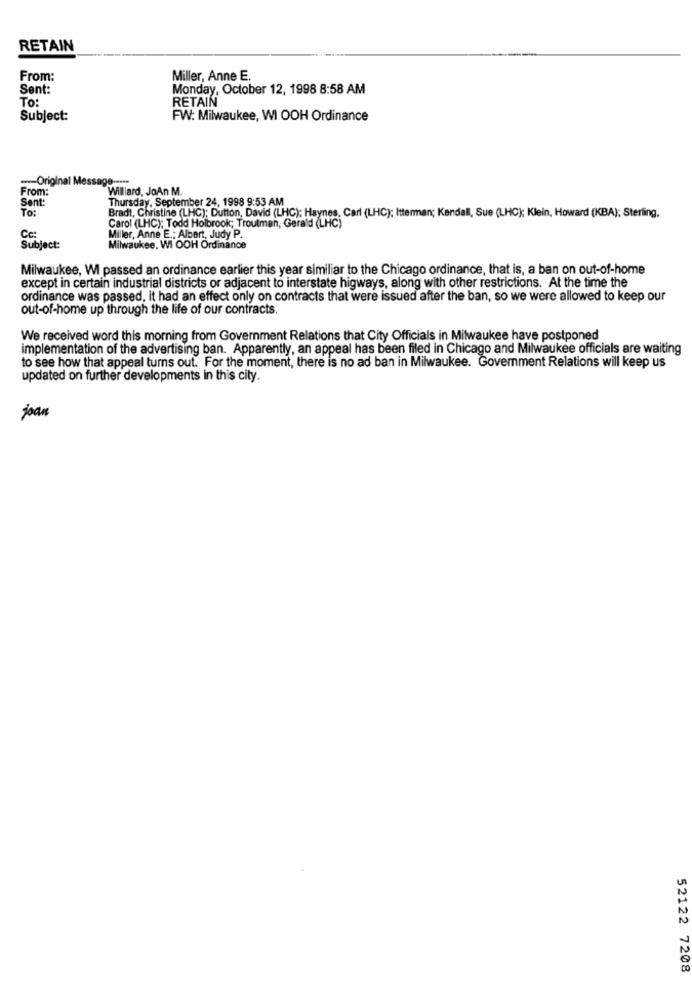
RETAIN
From:
Miller, Anne E.
Sent:
Monday, October 12, 1998 8:58 AM
To:
RETAIN
Subject:
FW: Milwaukee, WI OOH Ordinance
-- Original Mes
From:
Willard, JoAn M.
Sent:
Thursday, September 24, 1998 9:53 AM
To:
Carol (LHC); Todd Holbrook; Troutman, Gerald (LHC)
Bradt, Christine (LHC): Dutton, David (LHC); Haynes, Carl (LHC); Itterman; Kendall, Sue (LHC); Klein, Howard (KBA); Sterling,
Cc:
Miller, Anne E .: Albert, Judy P.
Subject:
Milwaukee, WI OOH Ordinance
Milwaukee, WI passed an ordinance earlier this year similiar to the Chicago ordinance, that is, a ban on out-of-home
except in certain industrial districts or adjacent to interstate higways, along with other restrictions. At the time the
ordinance was passed, it had an effect only on contracts that were issued after the ban, so we were allowed to keep our
out-of-home up through the life of our contracts.
We received word this morning from Government Relations that City Officials in Milwaukee have postponed
implementation of the advertising ban. Apparently, an appeal has been filed in Chicago and Milwaukee officials are waiting
to see how that appeal turns out. For the moment, there is no ad ban in Milwaukee. Government Relations will keep us
updated on further developments in this city.
joan
52122 7208